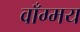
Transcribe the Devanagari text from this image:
वाँग्मय